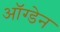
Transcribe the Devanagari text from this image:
ऑग्डेन